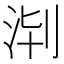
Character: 𣴈